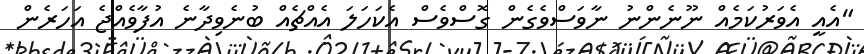
"އެއީ އެވަރުކަމެއް ނޫނެންނު ނާވަސްވެގެން ގޮސްވެސް އެކަހަލަ އެއްޗެއް ބުނެވިދާނެ އުފާވެއްޖެ އަހަރެން